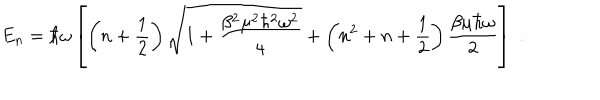
E _ { n } = \hbar \omega \left[ \left( n + \frac { 1 } { 2 } \right) \sqrt { 1 + \frac { \beta ^ { 2 } \mu ^ { 2 } \hbar ^ { 2 } \omega ^ { 2 } } { 4 } } + \left( n ^ { 2 } + n + \frac { 1 } { 2 } \right) \frac { \beta \mu \hbar \omega } { 2 } \right] \; .